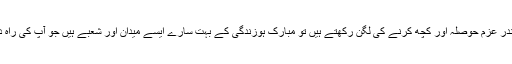
اگر آپ اپنے اندر عزم حوصلہ اور کچھ کرنے کی لگن رکھتے ہیں تو مبارک ہوزندگی کے بہت سارے ایسے میدان اور شعبے ہیں جو آپ کی راہ دیکھ رہے ہیں۔